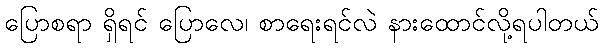
ပြောစရာ ရှိရင် ပြောလေ၊ စာရေးရင်လဲ နားထောင်လို့ရပါတယ်